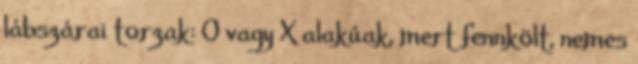
lábszárai torzak: O vagy X alakúak, mert fennkölt, nemes